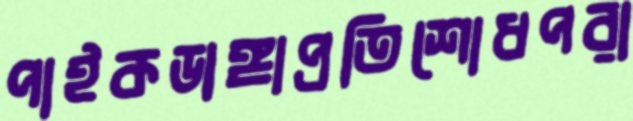
পাইকডাঙ্গাপ্রতিশোধপরা